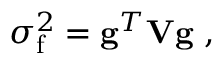
\sigma _ { \mathrm { f } } ^ { 2 } = \mathbf { g } ^ { T } \mathbf { V } \mathbf { g } \ ,